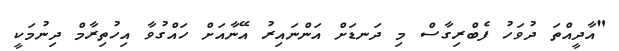
"އާދީއްތަ ދުވަހު ފެބްރިގާސް މި ދަނޑަށް އަންނައިރު އޭނާއަށް ހައްގުވާ އިހުތިރާމް ދިނުމަކީ